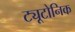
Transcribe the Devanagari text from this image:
ट्यूटोनिक